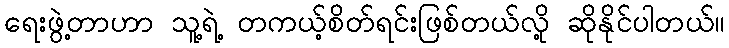
ရေးဖွဲ့တာဟာ သူ့ရဲ့ တကယ့်စိတ်ရင်းဖြစ်တယ်လို့ ဆိုနိုင်ပါတယ်။